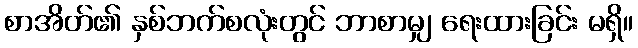
စာအိတ်၏ နှစ်ဘက်စလုံးတွင် ဘာစာမျှ ရေးထားခြင်း မရှိ။